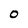
Character: O